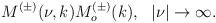
LaTeX: \begin{align*}M^{(\pm)}(\nu,k)M^{(\pm)}_o(k),~~|\nu|\rightarrow\infty.\end{align*}